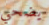
يضحي